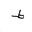
Letter: _da